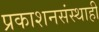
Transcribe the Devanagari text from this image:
प्रकाशनसंस्थाही